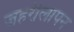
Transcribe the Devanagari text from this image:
ज़हरीलापन